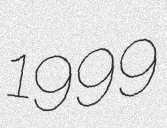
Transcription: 1999